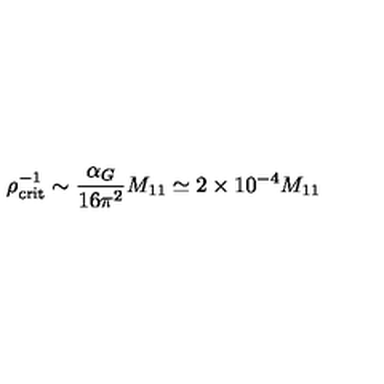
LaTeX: \rho _ { \mathrm { c r i t } } ^ { - 1 } \sim { \frac { \alpha _ { G } } { 1 6 \pi ^ { 2 } } } M _ { 1 1 } \simeq 2 \times 1 0 ^ { - 4 } M _ { 1 1 }